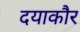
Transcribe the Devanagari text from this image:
दयाकौर